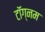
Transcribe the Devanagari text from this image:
टॉग्नम